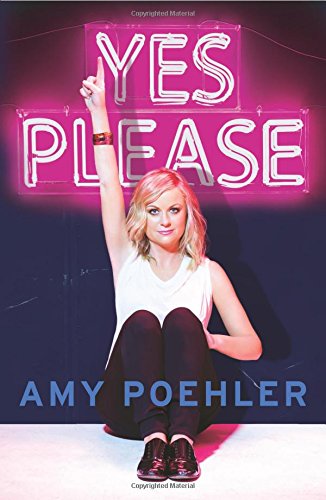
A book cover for Yes Please; Amy Poehler; Biographies & Memoirs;